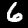
Label: 6